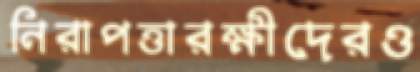
নিরাপত্তারক্ষীদেরও